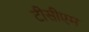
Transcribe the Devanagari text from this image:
टीसीएम